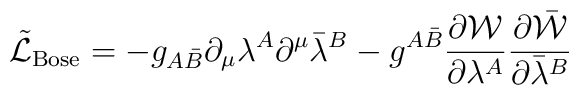
\tilde{{\cal L}}_{\rm Bose}=-g_{A\bar{B}}\partial_{\mu}\lambda^{A}\partial^{\mu}\bar{\lambda}^{B}-g^{A\bar{B}}\frac{\partial{\cal W}}{\partial\lambda^{A}}\frac{\partial\bar{{\cal W}}}{\partial\bar{\lambda}^{B}}